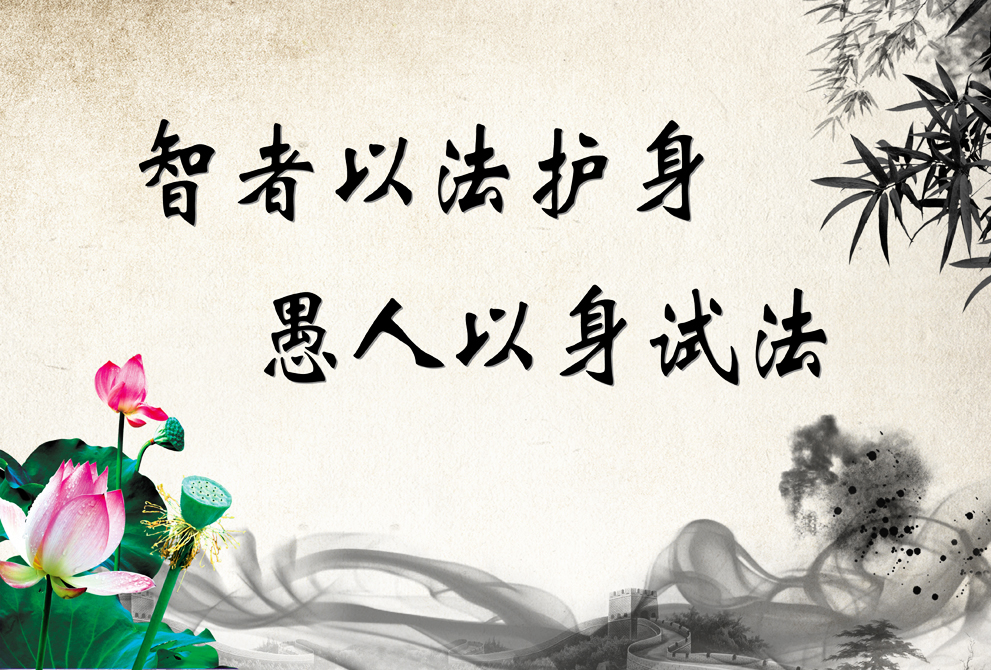
衰世好信鬼，愚人好求福。